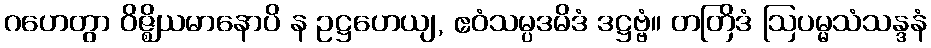
ဂဟေတွာ ဝိဇ္ဈိယမာနောပိ န ဥဋ္ဌဟေယျ, ဧဝံသမ္ပဒမိဒံ ဒဋ္ဌဗ္ဗံ။ တတြိဒံ ဩပမ္မသံသန္ဒနံ